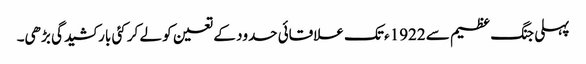
پہلی جنگ عظیم سے 1922ء تک علاقائی حدود کے تعین کو لے کر کئی بار کشیدگی بڑھی۔